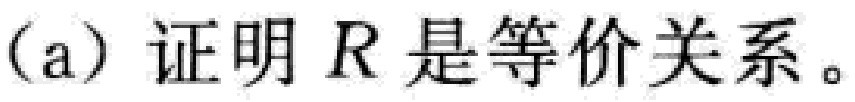
(a) 证明 \(R\) 是等价关系。